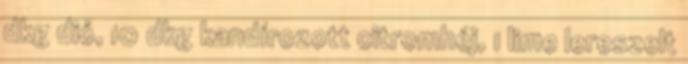
dkg dió, 10 dkg kandírozott citromhéj, 1 lime lereszelt